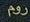
روم